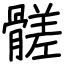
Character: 髊